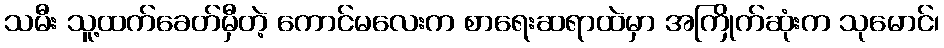
သမီး သူ့ထက်ခေတ်မှီတဲ့ ကောင်မလေးက စာရေးဆရာထဲမှာ အကြိုက်ဆုံးက သုမောင်၊